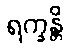
ရက္ခန္တိ